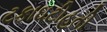
ટકાઘટીહતી